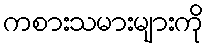
ကစားသမားများကို